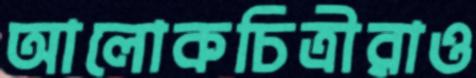
আলোকচিত্রীরাও